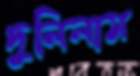
দুলিলাম